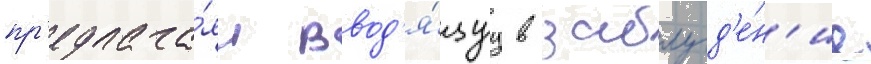
пр'едлага́я ввод'я́щуу в заблужд'е́н'ие